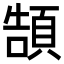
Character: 頶